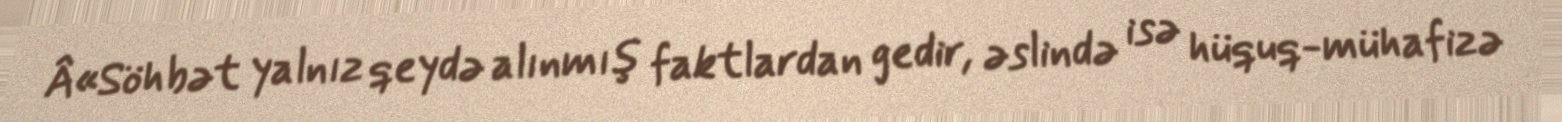
Â«Söhbət yalnız qeydə alınmış faktlardan gedir, əslində isə hüquq-mühafizə